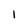
Character: 1